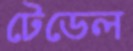
টেডেল